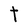
Character: T